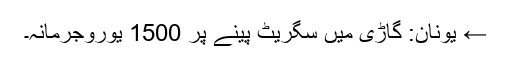
← یونان: گاڑی میں سگریٹ پینے پر 1500 یوروجرمانہ۔